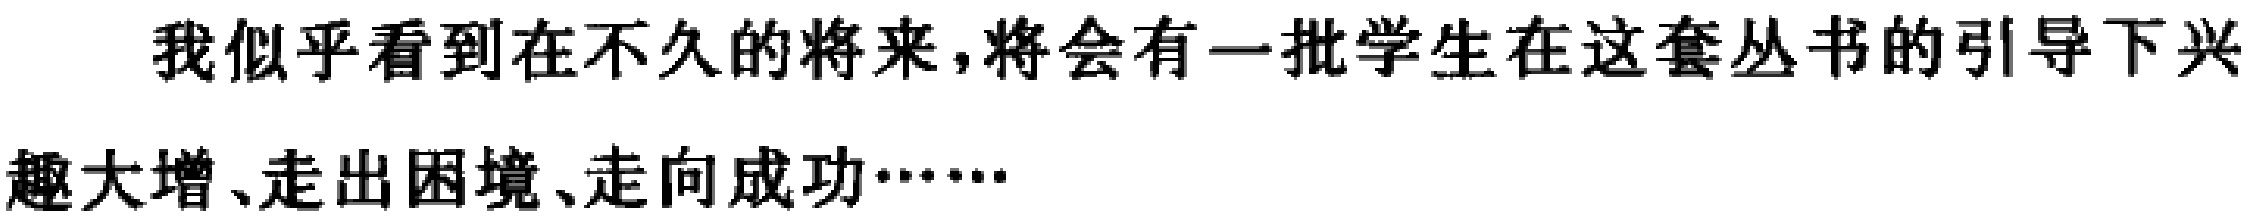
我似乎看到在不久的将来,将会有一批学生在这套丛书的引导下兴趣大增、走出困境、走向成功……